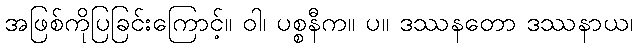
အဖြစ်ကိုပြခြင်းကြောင့်။ ဝါ၊ ပစ္စနီက။ ပ။ ဒဿနတော ဒဿနာယ၊